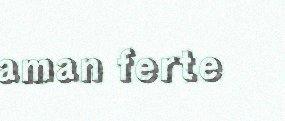
aman ferte